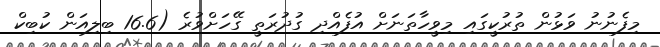
މިފެނުނު ވަޅުން ތުރުކީގައި މިވީހާތަނަށް އުފެއްދި ގުދުރަތީ ގޭހަށްވުރެ (16.6 ބިލިއަން ކުބިކް